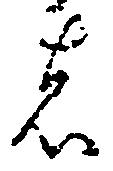
者